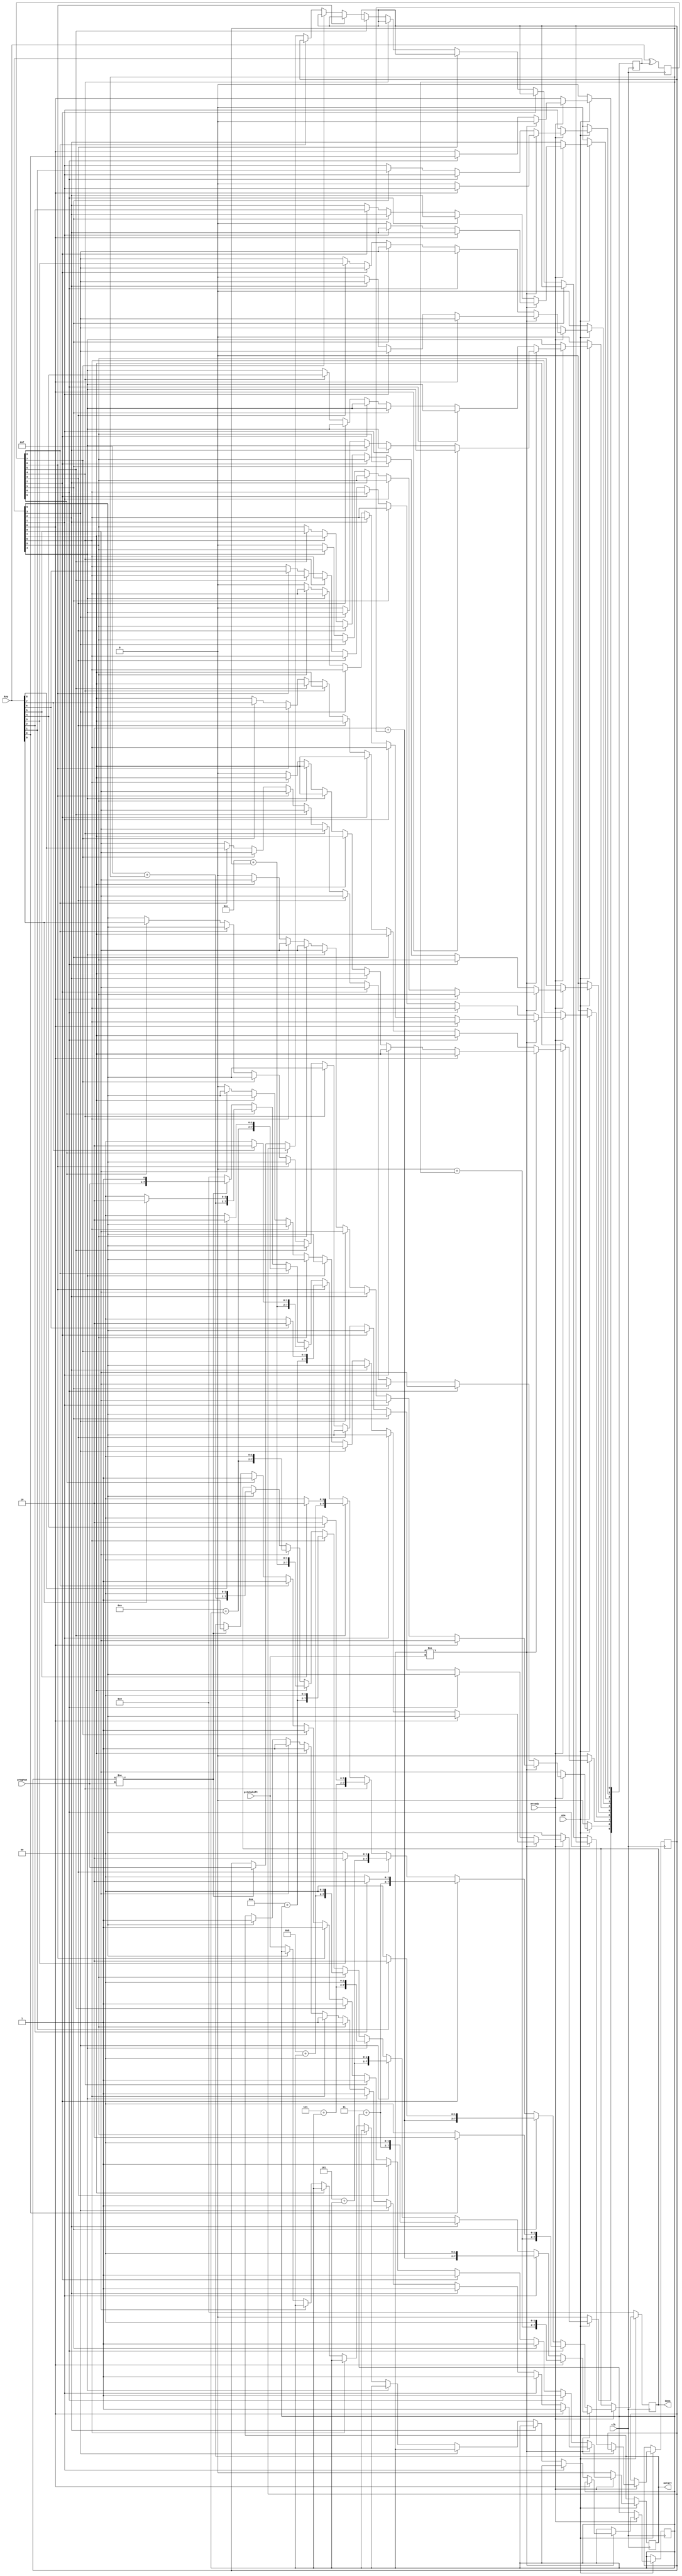
`timescale 1ns / 1ps
//////////////////////////////////////////////////////////////////////////////////
// Company: 
// Engineer: 
// 
// Design Name: 
// Module Name: message_encoder
// Project Name: 
// Target Devices: 
// Tool Versions: 
// Description: 
// 
// Dependencies: 
// 
// Revision:
// Revision 0.01 - File Created
// Additional Comments:
// 
//////////////////////////////////////////////////////////////////////////////////


module message_encoder(
    input [9:0] key,
    input [6:0] program,
    input [4:0] pitchshift,
    input clk,
    input mready,
    input ena,
    output reg [7:0] data,
    output reg mstart = 0
    );
    reg [9:0] key_reg = 0;
    reg [9:0] difference;
    reg [4:0] pitchshift_reg = 7;
    reg [6:0] program_reg = 0;
    reg swifting = 0;
    
    
    always @ (posedge clk) begin
        difference <= key ^ key_reg;
        if (~ena) begin data <= 0; key_reg <= 0; end else begin
            if (mready) begin
                if (pitchshift_reg != pitchshift) begin // innitializing the pitch shifter
                    if (key_reg[0]) begin key_reg[0] <= 0; mstart <= 1; data <= {6'd0 + pitchshift_reg, 2'b0}; end
                    else if (key_reg[1]) begin key_reg[1] <= 0; mstart <= 1; data <= {6'd2 + pitchshift_reg, 2'b0}; end
                    else if (key_reg[2]) begin key_reg[2] <= 0; mstart <= 1; data <= {6'd3 + pitchshift_reg, 2'b0}; end
                    else if (key_reg[3]) begin key_reg[3] <= 0; mstart <= 1; data <= {6'd5 + pitchshift_reg, 2'b0}; end
                    else if (key_reg[4]) begin key_reg[4] <= 0; mstart <= 1; data <= {6'd7 + pitchshift_reg, 2'b0}; end
                    else if (key_reg[5]) begin key_reg[5] <= 0; mstart <= 1; data <= {6'd8 + pitchshift_reg, 2'b0}; end
                    else if (key_reg[6]) begin key_reg[6] <= 0; mstart <= 1; data <= {6'd10+ pitchshift_reg, 2'b0}; end
                    else if (key_reg[7]) begin key_reg[7] <= 0; mstart <= 1; data <= {6'd12+ pitchshift_reg, 2'b0}; end
                    else if (key_reg[8]) begin key_reg[8] <= 0; mstart <= 1; data <= {6'd14+ pitchshift_reg, 2'b0}; end
                    else if (key_reg[9]) begin key_reg[9] <= 0; mstart <= 1; data <= {6'd15+ pitchshift_reg, 2'b0}; end
                    else pitchshift_reg <= pitchshift;
                end
                else if (difference[0]) begin key_reg[0] <= key[0]; mstart <= 1; data <= key[0] ? {6'd0 + pitchshift_reg, 2'b10}:{6'd0 + pitchshift_reg, 2'b00}; end
                else if (difference[1]) begin key_reg[1] <= key[1]; mstart <= 1; data <= key[1] ? {6'd2 + pitchshift_reg, 2'b10}:{6'd2 + pitchshift_reg, 2'b00}; end
                else if (difference[2]) begin key_reg[2] <= key[2]; mstart <= 1; data <= key[2] ? {6'd3 + pitchshift_reg, 2'b10}:{6'd3 + pitchshift_reg, 2'b00}; end
                else if (difference[3]) begin key_reg[3] <= key[3]; mstart <= 1; data <= key[3] ? {6'd5 + pitchshift_reg, 2'b10}:{6'd5 + pitchshift_reg, 2'b00}; end
                else if (difference[4]) begin key_reg[4] <= key[4]; mstart <= 1; data <= key[4] ? {6'd7 + pitchshift_reg, 2'b10}:{6'd7 + pitchshift_reg, 2'b00}; end
                else if (difference[5]) begin key_reg[5] <= key[5]; mstart <= 1; data <= key[5] ? {6'd8 + pitchshift_reg, 2'b10}:{6'd8 + pitchshift_reg, 2'b00}; end
                else if (difference[6]) begin key_reg[6] <= key[6]; mstart <= 1; data <= key[6] ? {6'd10+ pitchshift_reg, 2'b10}:{6'd10+ pitchshift_reg, 2'b00}; end
                else if (difference[7]) begin key_reg[7] <= key[7]; mstart <= 1; data <= key[7] ? {6'd12+ pitchshift_reg, 2'b10}:{6'd12+ pitchshift_reg, 2'b00}; end
                else if (difference[8]) begin key_reg[8] <= key[8]; mstart <= 1; data <= key[8] ? {6'd14+ pitchshift_reg, 2'b10}:{6'd14+ pitchshift_reg, 2'b00}; end
                else if (difference[9]) begin key_reg[9] <= key[9]; mstart <= 1; data <= key[9] ? {6'd15+ pitchshift_reg, 2'b10}:{6'd15+ pitchshift_reg, 2'b00}; end
                else if (program_reg != program) begin program_reg <= program; mstart <= 1; data <= {program, 1'b1};end
                else data <= 8'h00;
            end
            else
                mstart <= 0;
        end
    end
    
endmodule